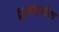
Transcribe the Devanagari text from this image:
ध्रुवदर्शक